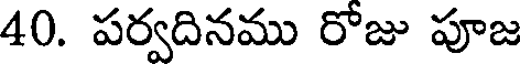
40. పర్వదినము రోజు పూజ